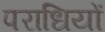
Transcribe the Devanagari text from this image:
पराधियों